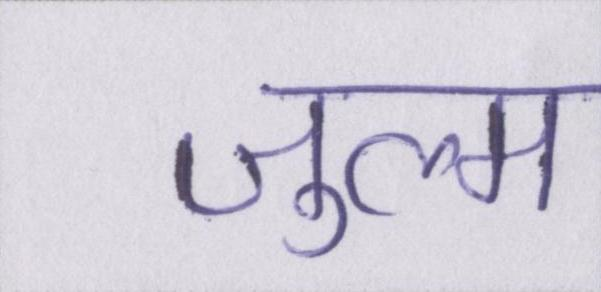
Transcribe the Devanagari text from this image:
ज़ुल्म